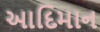
આદિમાન